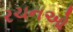
રચનઓ